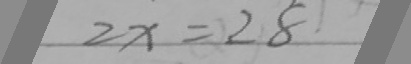
2 x = 2 8